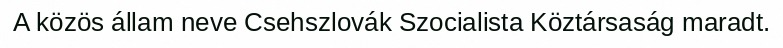
A közös állam neve Csehszlovák Szocialista Köztársaság maradt.